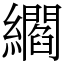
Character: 䌪